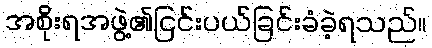
အစိုးရအဖွဲ့၏ငြင်းပယ်ခြင်းခံခဲ့ရသည်။